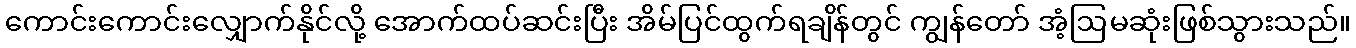
ကောင်းကောင်းလျှောက်နိုင်လို့ အောက်ထပ်ဆင်းပြီး အိမ်ပြင်ထွက်ရချိန်တွင် ကျွန်တော် အံ့ဩမဆုံးဖြစ်သွားသည်။